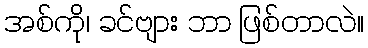
အစ်ကို၊ ခင်ဗျား ဘာ ဖြစ်တာလဲ။